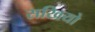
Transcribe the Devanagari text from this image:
सखियो